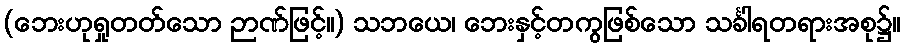
(ဘေးဟုရှုတတ်သော ဉာဏ်ဖြင့်။) သဘယေ၊ ဘေးနှင့်တကွဖြစ်သော သင်္ခါရတရားအစု၌။